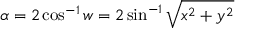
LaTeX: \alpha = 2 \cos ^ { - 1 } w = 2 \sin ^ { - 1 } { \sqrt { x ^ { 2 } + y ^ { 2 } } }